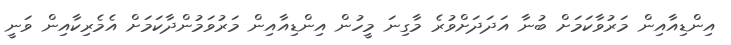
އިންޑިއާއިން މަރުވާކަމަށް ބުނާ އަދަދަށްވުރެ މާގިނަ މީހުން އިންޑިއާއިން މަރުވަމުންދާކަމަށް އެމެރިކާއިން ވަނީ